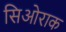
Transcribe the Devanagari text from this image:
सिओराक